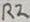
Text: R2